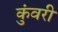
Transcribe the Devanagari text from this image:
कुंवरी